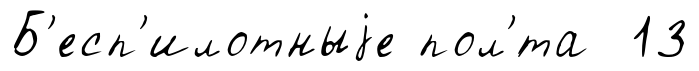
Б'есп'илотныjе пол'́та 13